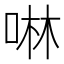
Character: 啉